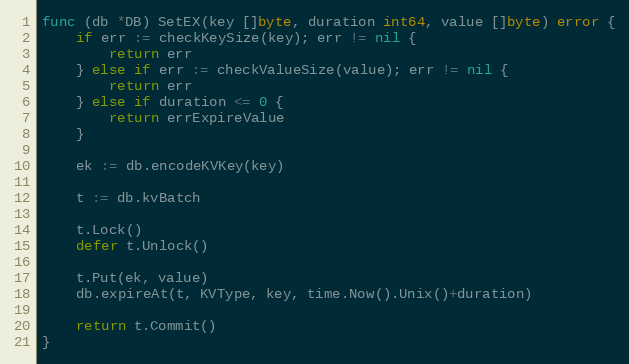
Language: Go
func (db *DB) SetEX(key []byte, duration int64, value []byte) error {
	if err := checkKeySize(key); err != nil {
		return err
	} else if err := checkValueSize(value); err != nil {
		return err
	} else if duration <= 0 {
		return errExpireValue
	}

	ek := db.encodeKVKey(key)

	t := db.kvBatch

	t.Lock()
	defer t.Unlock()

	t.Put(ek, value)
	db.expireAt(t, KVType, key, time.Now().Unix()+duration)

	return t.Commit()
}